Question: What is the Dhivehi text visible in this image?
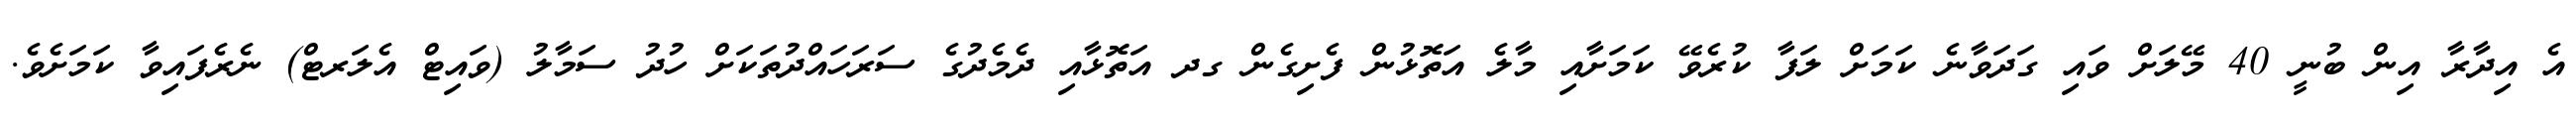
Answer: އެ އިދާރާ އިން ބުނީ 40 މޭލަށް ވައި ގަދަވާނެ ކަމަށް ލަފާ ކުރެވޭ ކަމަށާއި މާލެ އަތޮޅުން ފެށިގެން ގދ އަތޮޅާއި ދެމެދުގެ ސަރަހައްދުތަކަށް ހުދު ސަމާލު (ވައިޓް އެލަރޓް) ނެރެފައިވާ ކަމަށެވެ.